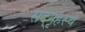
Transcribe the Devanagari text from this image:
सद्‌गृहस्थ